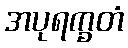
အပုရက္ခတံ